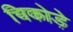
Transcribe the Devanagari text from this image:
चिकोड़े